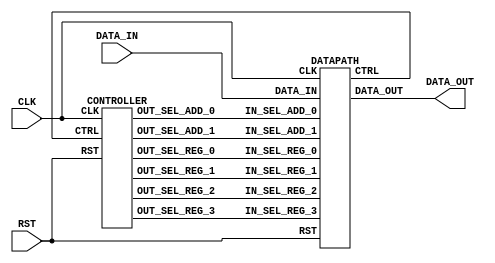
////////////////////////////////
// 
//
// Ver. 1 - /16bit
////////////////////////////////

// []
// 16bit
//  ( 8bit 8bit)
// 
//
// []
// http://www2u.biglobe.ne.jp/~yuichi/rest/cardinal.html
// 0.89 --> 0.11100011 (16'b0000000011100011)
// 0.22 --> 0.00111000 (16'b0000000000111000)
// 0.0  --> 0.0        (16'b0000000000000000)
// 1.0  --> 1.0        (16'b0000000100000000)
// 2.0  --> 10.0       (16'b0000001000000000)
// 3.0  --> 11.0       (16'b0000001100000000)
// 4.0  --> 100.0      (16'b0000010000000000)
// 5.0  --> 101.0      (16'b0000010100000000)
// 30.0 --> 11110.0    (16'b0001111000000000)

module SQRT(
	CLK, RST,
	DATA_IN,
	DATA_OUT
);

input			CLK, RST;
input [15:0]	DATA_IN;
output [15:0]	DATA_OUT;

wire			SEL_REG_0;
wire [1:0]		SEL_REG_1;
wire [1:0]		SEL_REG_2;
wire [1:0]		SEL_REG_3;

wire [1:0]		SEL_ADD_0;
wire [1:0]		SEL_ADD_1;

wire			CTRL;


DATAPATH DATAPATH(
	// Inputs
	CLK, RST,
	DATA_IN,
	SEL_REG_0,
	SEL_REG_1,
	SEL_REG_2,
	SEL_REG_3,
	SEL_ADD_0,
	SEL_ADD_1,
	// Outputs
	CTRL,
	DATA_OUT
);

CONTROLLER CONTROLLER(
	// Inputs
	CLK, RST,
	CTRL,
	// Outputs
	SEL_REG_0,
	SEL_REG_1,
	SEL_REG_2,
	SEL_REG_3,
	SEL_ADD_0,
	SEL_ADD_1
);

endmodule


////////////////////////////////
// Module: 
////////////////////////////////
module DATAPATH(
	CLK, RST, // 
	DATA_IN,  // 

	IN_SEL_REG_0,  // (#0) MUX 
	IN_SEL_REG_1,  // (#1) MUX 
	IN_SEL_REG_2,  // (#2) MUX 
	IN_SEL_REG_3,  // (#3) MUX 

	IN_SEL_ADD_0, // () MUX 
	IN_SEL_ADD_1, // () MUX 

	CTRL, //  ()
	DATA_OUT  // 
);

input			CLK, RST;
input [15:0]	DATA_IN;

input			IN_SEL_REG_0;
input [1:0]		IN_SEL_REG_1;
input [1:0]		IN_SEL_REG_2;
input [1:0]		IN_SEL_REG_3;

input [1:0]		IN_SEL_ADD_0;
input [1:0]		IN_SEL_ADD_1;

output			CTRL;
output [15:0]	DATA_OUT;

// Registers
reg [15:0]		REG_0, REG_1, REG_2, REG_3;

// Wires
wire [15:0]		DATA_IN_MUL_0, DATA_IN_MUL_1, DATA_OUT_MUL;
wire [15:0]		DATA_IN_DIV_0, DATA_IN_DIV_1, DATA_OUT_DIV;
wire [15:0]		DATA_IN_ADD_0, DATA_IN_ADD_1, DATA_OUT_ADD;
wire [15:0]		DATA_IN_CMP_0, DATA_IN_CMP_1;
wire [15:0]		DATA_IN_SHIFT, DATA_OUT_SHIFT;


// -------------------------------- //
// Registers
// -------------------------------- //
always @(posedge CLK or posedge RST)
begin
	if(RST) begin
		REG_0 <= 16'd0;
		REG_1 <= 16'd0;
		REG_2 <= 16'd0;
		REG_3 <= 16'd0;
	end else begin
		REG_0 <= MUX_2_TO_1(DATA_IN, REG_0, IN_SEL_REG_0);
		REG_1 <= MUX_4_TO_1(REG_1, DATA_OUT_ADD, DATA_OUT_DIV, DATA_OUT_SHIFT, IN_SEL_REG_1);
		REG_2 <= MUX_3_TO_1(REG_1, DATA_OUT_MUL, DATA_OUT_ADD, IN_SEL_REG_2);
		REG_3 <= MUX_3_TO_1(16'b0000000000000000, REG_3, DATA_OUT_ADD, IN_SEL_REG_3);
	end
end


// -------------------------------- //
// FU's input
// -------------------------------- //

// 
assign DATA_IN_MUL_0 = 16'b0000000011100011; //  0.89
assign DATA_IN_MUL_1 = REG_0;
// 
assign DATA_IN_DIV_0 = REG_0;
assign DATA_IN_DIV_1 = REG_1;
// 
assign DATA_IN_ADD_0 = MUX_3_TO_1(16'b0000000000111000, 16'b0000000100000000, REG_2, IN_SEL_ADD_0); //  0.22  1
assign DATA_IN_ADD_1 = MUX_3_TO_1(REG_1, REG_2, REG_3, IN_SEL_ADD_1);
// 
assign DATA_IN_CMP_0 = REG_3;
assign DATA_IN_CMP_1 = 16'b0000010100000000; //  5 ( )
// 
assign DATA_IN_SHIFT = REG_2;


// MUX (2-to-1) 1bit
function [15:0] MUX_2_TO_1;
input [15:0]    IN_0;
input [15:0]    IN_1;
input           IN_SEL;
reg [15:0]      ANSWER;
begin
	if(IN_SEL==0)
		ANSWER = IN_0;
	else if(IN_SEL==1)
		ANSWER = IN_1;
	else
		ANSWER = 16'bxxxxxxxxxxxxxxxx;
	MUX_2_TO_1 = ANSWER;
end
endfunction

// MUX (3-to-1) 2bit
function [15:0] MUX_3_TO_1;
input [15:0]    IN_0;
input [15:0]    IN_1;
input [15:0]    IN_2;
input [1:0]     IN_SEL;
reg [15:0]      ANSWER;
begin
	if(IN_SEL==0)
		ANSWER = IN_0;
	else if(IN_SEL==1)
		ANSWER = IN_1;
	else if(IN_SEL==2)
		ANSWER = IN_2;
	else
		ANSWER = 16'bxxxxxxxxxxxxxxxx;
	MUX_3_TO_1 = ANSWER;
end
endfunction

// MUX (4-to-1) 2bit
function [15:0] MUX_4_TO_1;
input [15:0]    IN_0;
input [15:0]    IN_1;
input [15:0]    IN_2;
input [15:0]    IN_3;
input [1:0]     IN_SEL;
reg [15:0]      ANSWER;
begin
	if(IN_SEL==0)
		ANSWER = IN_0;
	else if(IN_SEL==1)
		ANSWER = IN_1;
	else if(IN_SEL==2)
		ANSWER = IN_2;
	else if(IN_SEL==3)
		ANSWER = IN_3;
	else
		ANSWER = 16'bxxxxxxxxxxxxxxxx;
	MUX_4_TO_1 = ANSWER;
end
endfunction


// -------------------------------- //
// FU's output
// -------------------------------- //

ADDER ADDER(DATA_IN_ADD_0, DATA_IN_ADD_1, DATA_OUT_ADD);
MULTIPLIER MULTIPLIER(DATA_IN_MUL_0, DATA_IN_MUL_1, DATA_OUT_MUL);
DIVIDER DIVIDER(DATA_IN_DIV_0, DATA_IN_DIV_1, DATA_OUT_DIV);
COMPARATOR COMPARATOR(DATA_IN_CMP_0, DATA_IN_CMP_1, CTRL);
SHIFTER SHIFTER(DATA_IN_SHIFT, DATA_OUT_SHIFT);

assign DATA_OUT = REG_1;

endmodule


////////////////////////////////
// Module:  - 
////////////////////////////////
module ADDER(A, B, Y);
	input [15:0] A;
	input [15:0] B;
	output [15:0] Y;

	// 
	// http://azskyetc.client.jp/paintprog/004_fixedarith.html
	assign Y = A + B;
endmodule

////////////////////////////////
// Module:  - 
////////////////////////////////
module MULTIPLIER(A, B, Y);
	input [15:0] A;
	input [15:0] B;
	output [15:0] Y;

	// 4bit12bit
	// 
	assign Y = {4'b0000, A[15:4]} * {4'b0000, B[15:4]};
endmodule

////////////////////////////////
// Module:  - 
////////////////////////////////
module DIVIDER(A, B, Y);
	input [15:0] A;
	input [15:0] B;
	wire [23:0] T1, T2;
	output [15:0] Y;

	// 
	assign Y = A / {8'b00000000, B[15:8]};
endmodule

////////////////////////////////
// Module:  - 
////////////////////////////////
module COMPARATOR(A, B, Y);
	input [15:0] A;
	input [15:0] B;
	output Y;

	assign Y = A < B;
	//always @(A or B) begin
	//	if (A < B)
	//		assign Y = 1'b1;
	//	else
	//		assign Y = 1'b0;
	//end
endmodule

////////////////////////////////
// Module:  - 1bit
////////////////////////////////
module SHIFTER(A, Y);
	input [15:0] A;
	output [15:0] Y;

	assign Y = {1'b0, A[15:1]};
endmodule


////////////////////////////////
// Module: 
////////////////////////////////
module CONTROLLER(
	CLK, RST,
	CTRL,
	OUT_SEL_REG_0,
	OUT_SEL_REG_1,
	OUT_SEL_REG_2,
	OUT_SEL_REG_3,
	OUT_SEL_ADD_0,
	OUT_SEL_ADD_1
);

input			CLK, RST;
input			CTRL;
output			OUT_SEL_REG_0;
output [1:0]	OUT_SEL_REG_1;
output [1:0]	OUT_SEL_REG_2;
output [1:0]	OUT_SEL_REG_3;
output [1:0]	OUT_SEL_ADD_0;
output [1:0]	OUT_SEL_ADD_1;

reg		S0, S1, S2, S3, S4, S5, S6;

// state transition control
always @( posedge CLK or posedge RST ) begin
	if( RST )
		{S0, S1, S2, S3, S4, S5, S6} <= 7'b1000000;
	else begin
		if(S0) begin
			S0 <= 1'b0; S1 <= 1'b1;
		end else if(S1) begin
			S1 <= 1'b0; S2 <= 1'b1;
		end else if(S2) begin
			S2 <= 1'b0; S3 <= 1'b1;
		end else if(S3) begin
			S3 <= 1'b0; S4 <= 1'b1;
		end else if(S4) begin
			S4 <= 1'b0; S5 <= 1'b1;
		end else if(S5) begin
			S5 <= 1'b0;
			if(CTRL)
				S3 <= 1'b1;
			else
				S6 <= 1'b1;
		end else if(S6)
			S6 <= 1'b1;
		else begin
			{S0, S1, S2, S3, S4, S5, S6} <= 7'b1000000;
		end
	end
end

assign OUT_SEL_REG_0 = GET_SEL_REG_0(S0, S1, S2, S3, S4, S5, S6);
assign OUT_SEL_REG_1 = GET_SEL_REG_1(S0, S1, S2, S3, S4, S5, S6);
assign OUT_SEL_REG_2 = GET_SEL_REG_2(S0, S1, S2, S3, S4, S5, S6);
assign OUT_SEL_REG_3 = GET_SEL_REG_3(S0, S1, S2, S3, S4, S5, S6);
assign OUT_SEL_ADD_0 = GET_SEL_ADD_0(S0, S1, S2, S3, S4, S5, S6);
assign OUT_SEL_ADD_1 = GET_SEL_ADD_1(S0, S1, S2, S3, S4, S5, S6);

// character detection logic
function GET_SEL_REG_0;
	input	S0, S1, S2, S3, S4, S5, S6;
	reg		ANSWER;
	begin
		if(S0)
			ANSWER = 1'b0;
		else if(S1)
			ANSWER = 1'b1;
		else if(S2)
			ANSWER = 1'b1;
		else if(S3)
			ANSWER = 1'b1;
		else if(S4)
			ANSWER = 1'b1;
		else if(S5)
			ANSWER = 1'b1;
		else if(S6)
			ANSWER = 1'bx;
		else
			ANSWER = 1'bx;
		GET_SEL_REG_0 = ANSWER;
	end
endfunction

function [1:0] GET_SEL_REG_1;
	input		S0, S1, S2, S3, S4, S5, S6;
	reg [1:0]	ANSWER;
	begin
		if(S0)
			ANSWER = 2'bxx;
		else if(S1)
			ANSWER = 2'bxx;
		else if(S2)
			ANSWER = 2'b01;
		else if(S3)
			ANSWER = 2'b10;
		else if(S4)
			ANSWER = 2'bxx;
		else if(S5)
			ANSWER = 2'b11;
		else if(S6)
			ANSWER = 2'b00;
		else
			ANSWER = 2'bxx;
		GET_SEL_REG_1 = ANSWER;
	end
endfunction

function [1:0] GET_SEL_REG_2;
	input		S0, S1, S2, S3, S4, S5, S6;
	reg [1:0]	ANSWER;
	begin
		if(S0)
			ANSWER = 2'bxx;
		else if(S1)
			ANSWER = 2'b01;
		else if(S2)
			ANSWER = 2'bxx;
		else if(S3)
			ANSWER = 2'b00;
		else if(S4)
			ANSWER = 2'b10;
		else if(S5)
			ANSWER = 2'bxx;
		else if(S6)
			ANSWER = 2'bxx;
		else
			ANSWER = 2'bxx;
		GET_SEL_REG_2 = ANSWER;
	end
endfunction

function [1:0] GET_SEL_REG_3;
	input		S0, S1, S2, S3, S4, S5, S6;
	reg [1:0]	ANSWER;
	begin
		if(S0)
			ANSWER = 2'bxx;
		else if(S1)
			ANSWER = 2'bxx;
		else if(S2)
			ANSWER = 2'b00;
		else if(S3)
			ANSWER = 2'b10;
		else if(S4)
			ANSWER = 2'b01;
		else if(S5)
			ANSWER = 2'b01;
		else if(S6)
			ANSWER = 2'bxx;
		else
			ANSWER = 2'bxx;
		GET_SEL_REG_3 = ANSWER;
	end
endfunction

function [1:0] GET_SEL_ADD_0;
	input		S0, S1, S2, S3, S4, S5, S6;
	reg [1:0]	ANSWER;
	begin
		if(S0)
			ANSWER = 2'bxx;
		else if(S1)
			ANSWER = 2'bxx;
		else if(S2)
			ANSWER = 2'b00;
		else if(S3)
			ANSWER = 2'b01;
		else if(S4)
			ANSWER = 2'b10;
		else if(S5)
			ANSWER = 2'bxx;
		else if(S6)
			ANSWER = 2'bxx;
		else
			ANSWER = 2'bxx;
		GET_SEL_ADD_0 = ANSWER;
	end
endfunction

function [1:0] GET_SEL_ADD_1;
	input		S0, S1, S2, S3, S4, S5, S6;
	reg [1:0]	ANSWER;
	begin
		if(S0)
			ANSWER = 2'bxx;
		else if(S1)
			ANSWER = 2'bxx;
		else if(S2)
			ANSWER = 2'b01;
		else if(S3)
			ANSWER = 2'b10;
		else if(S4)
			ANSWER = 2'b00;
		else if(S5)
			ANSWER = 2'bxx;
		else if(S6)
			ANSWER = 2'bxx;
		else
			ANSWER = 2'bxx;
		GET_SEL_ADD_1 = ANSWER;
	end
endfunction

endmodule